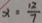
x = \frac { 1 2 } { 7 }